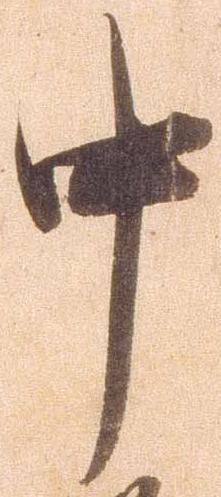
中